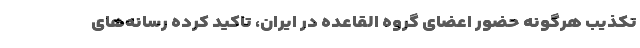
تکذیب هرگونه حضور اعضای گروه القاعده در ایران، تاکید کرده رسانه‌های